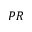
P R